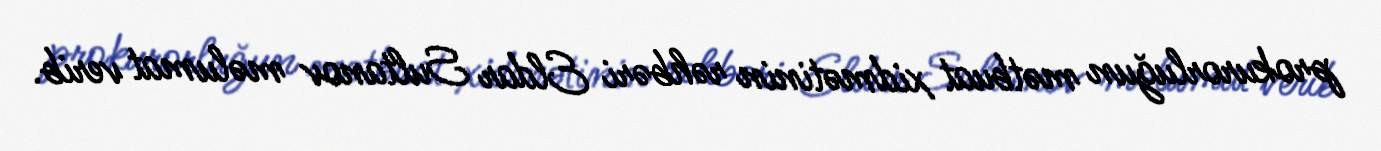
prokurorluğun mətbuat xidmətinin rəhbəri Eldar Sultanov məlumat verib.